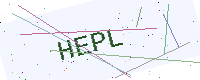
Text: HEPL